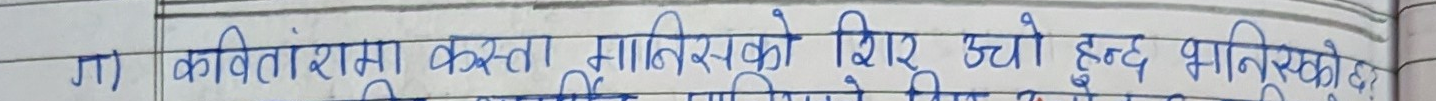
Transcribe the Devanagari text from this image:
ग) कवितामा कस्ता मानिसहरूको शिर उच्च हुन्छ भनिएको छ?